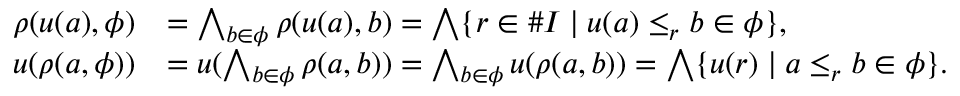
\begin{array} { r l } { \rho ( u ( a ) , \phi ) } & { = \bigwedge _ { b \in \phi } \rho ( u ( a ) , b ) = \bigwedge \{ r \in \# I \mid u ( a ) \le _ { r } b \in \phi \} , } \\ { u ( \rho ( a , \phi ) ) } & { = u ( \bigwedge _ { b \in \phi } \rho ( a , b ) ) = \bigwedge _ { b \in \phi } u ( \rho ( a , b ) ) = \bigwedge \{ u ( r ) \mid a \le _ { r } b \in \phi \} . } \end{array}